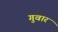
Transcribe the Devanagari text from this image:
गुवार